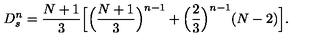
D _ { s } ^ { n } = \frac { N + 1 } { 3 } \Bigl [ \Bigl ( \frac { N + 1 } { 3 } \Bigr ) ^ { n - 1 } + \Bigl ( \frac { 2 } { 3 } \Bigr ) ^ { n - 1 } ( N - 2 ) \Bigr ] .